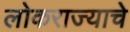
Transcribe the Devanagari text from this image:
लोकराज्याचे